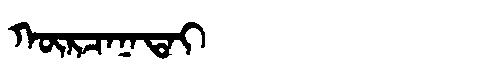
Manchu: ᡴᡡᡵᠴᠠᠨᠠᡨᠠᡳ
Romanization: KŪRCANATAI